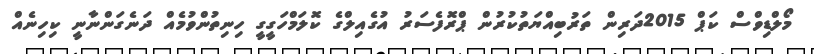
މޯލްޑިވްސް ކަޕް 2015ދަރިން ތަރުބިއްޔަތުކުރުން ޕްރޮފެސަރު އުގެއިލްގެ ކޮލަމްހަގީގީ ހިނިތުންވުމެއް ދަނެގަންނާނީ ކިހިނެއް